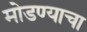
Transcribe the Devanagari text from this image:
मोडण्याचा